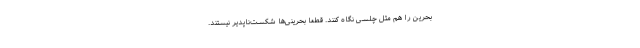
بحرین را هم مثل چلسی نگاه کنند. قطعاً بحرینی‌ها شکست‌ناپدیر نیستند.